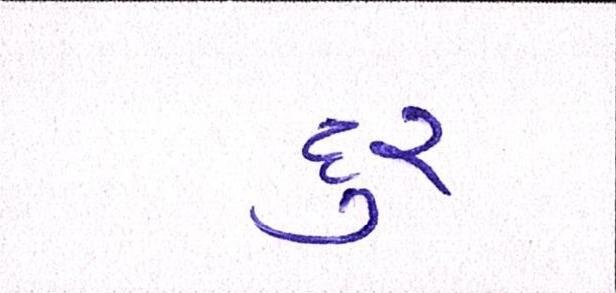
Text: દુર